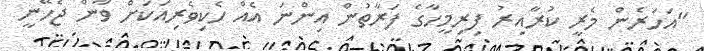
"އަހަރެން މެރީ ކުރާއިރު ފިރިމީހާގެ ފަރާތުން އިންނަ އެއް ހެކިވެރިއަކަށް ވާން ޖެހޭނީ